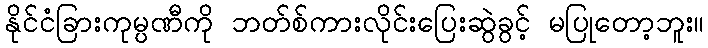
နိုင်ငံခြားကုမ္ပဏီကို ဘတ်စ်ကားလိုင်းပြေးဆွဲခွင့် မပြုတော့ဘူး။